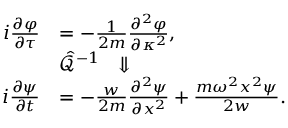
\begin{array} { r l } { i \frac { \partial \varphi } { \partial \tau } } & { = - \frac { 1 } { 2 m } \frac { \partial ^ { 2 } \varphi } { \partial \kappa ^ { 2 } } , } \\ & { \hat { \mathcal { Q } } ^ { - 1 } ~ ~ \Downarrow } \\ { i \frac { \partial \psi } { \partial t } } & { = - \frac { w } { 2 m } \frac { \partial ^ { 2 } \psi } { \partial x ^ { 2 } } + \frac { m \omega ^ { 2 } x ^ { 2 } \psi } { 2 w } . } \end{array}